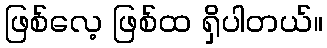
ဖြစ်လေ့ ဖြစ်ထ ရှိပါတယ်။